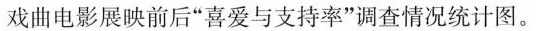
戏曲电影展映前后”喜爱与支持率”调查情况统计图。